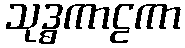
သုဒ္ဓကာဠကာ